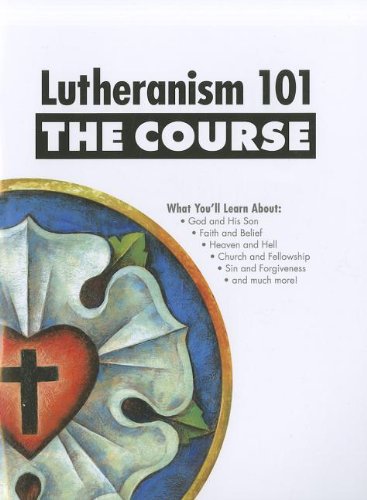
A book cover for Lutheranism 101: The Course; Shawn L. Kumm; Christian Books & Bibles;